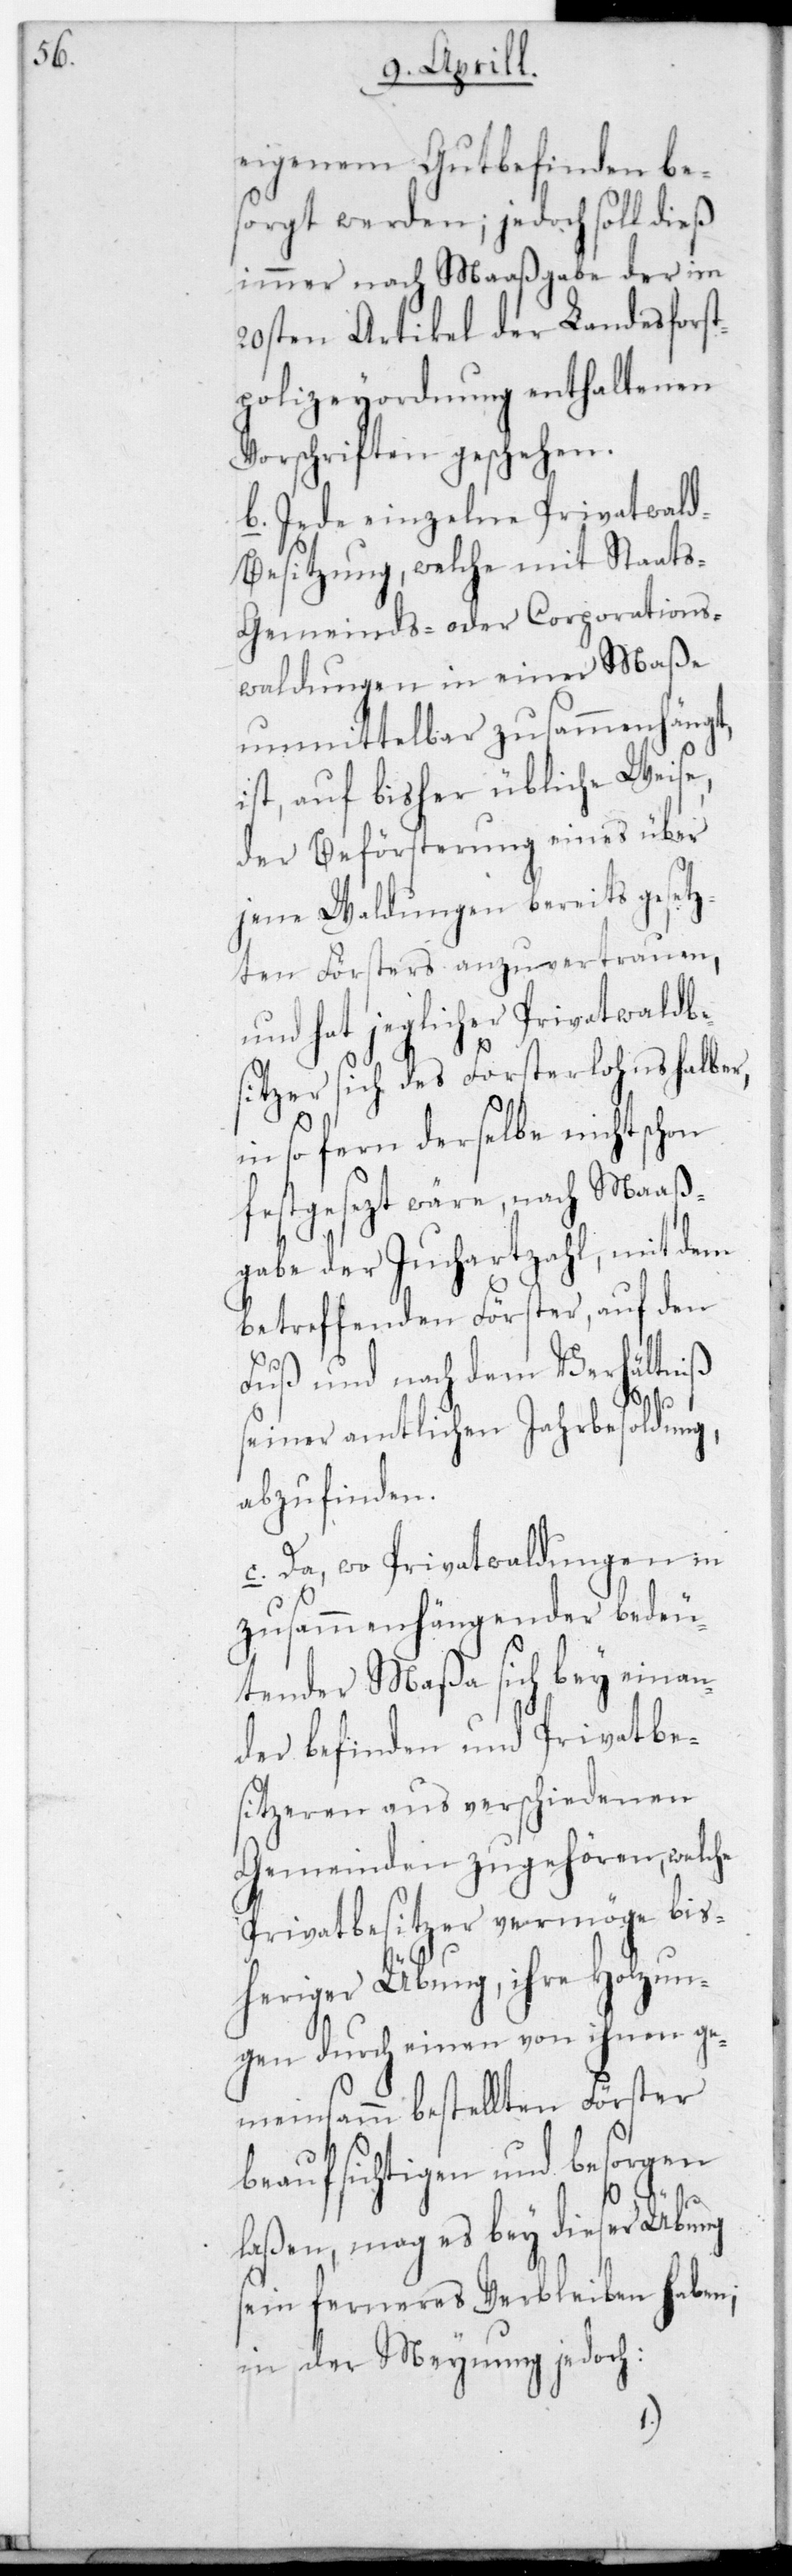
eigenem Gutbefinden be¬
sorgt werden, jedoch soll dies
immer nach Maaßgabe der im
20sten Artikel der Landesforst¬
polizeyordnung enthaltenen
Vorschriften geschehen.
befinden und Privatbes¬
d-Besitzung, welche mit Staat¬
Gemeinds- oder Corporations-W¬
aldungen in einer Maaße
unmittelbar zusammenhängt,
ist auf bisher übliche Weise,
der Beförsterung eines über
jene Waldungen bereits gesez¬
ten Försters anzuvertrauen,
und hat jeglicher Privatwaldbe¬
sitzer sich des Försterlohns halber,
in so fern derselbe nicht schon
festgesezt wäre, nach Maaß¬
gabe der Juchartzahl, mit dem
betreffenden Förster, auf den
Fuß und nach dem Verhältniß
seiner amtlichen Jahrbesoldung,
abzufinden.
c. Da wo Privatwaldungen in
zusammenhängender bedeu¬
tender Maaßa sich beyeinan¬
itzeren aus verschiedenen
Gemeinden zugehören, welche
Privatbesitzer vermöge bis¬
heriger Übung, ihre Holzun¬
gen durch einen von ihnen ge¬
meinsamm bestellten Förster
beaufsichtigen und besorgen
der
laßen, mag es bey dieser Übung
sein ferneres Verbleiben haben;
in der Meynung jedoch: